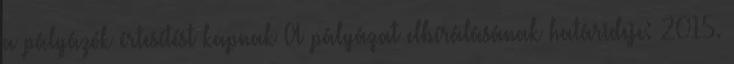
a pályázók értesítést kapnak A pályázat elbírálásának határideje: 2015.